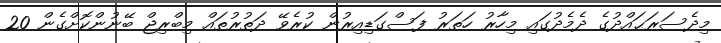
މިދެސަރަޙައްދުގެ ދެމެދުގައި މިހާރު ހަތަރު ފަސްގަޑިއިރުން ކުރެވޭ ދަތުރުތައް މިބްރިޖް ބޭނުންކޮށްގެން 20